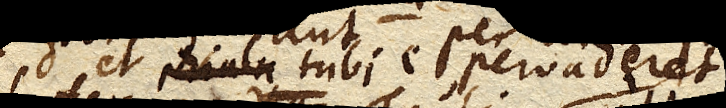
vasis D. et phiala tubi C. pervaderet